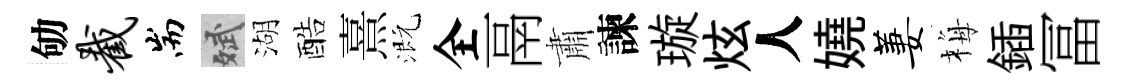
劬截耑斌湖酷熹溉全鬲肅諫璇炫人嬈萋梅鍤冨